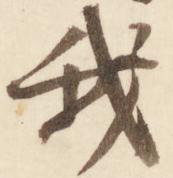
我